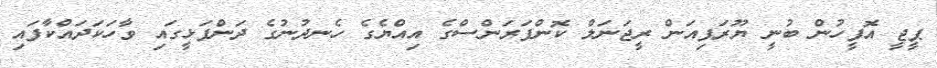
ޕީޖީ އޮފީހުން ބުނީ ޔޫރަޕިއަން ރީޖަނަލް ކޮންފަރަންސްގެ އިއްޔެގެ ހެނދުނުގެ ދަންފަޅީގައި ވާހަކަދައްކާފައި